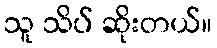
သူ သိပ် ဆိုးတယ်။